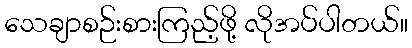
သေချာစဉ်းစားကြည့်ဖို့ လိုအပ်ပါတယ်။